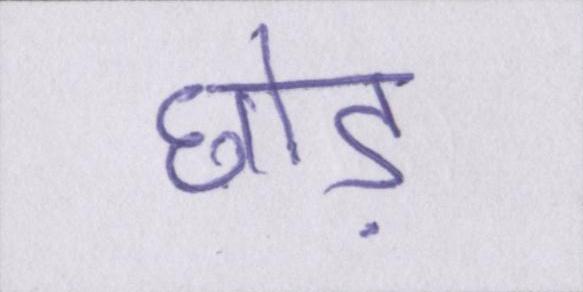
छोड़